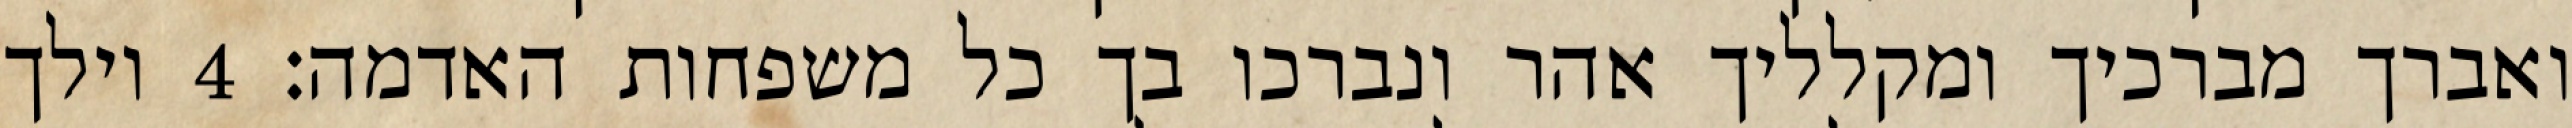
ואברך מברכיך ומקלליך אהר ונברכו בך כל משפחות האדמה׃ ‎4‏ וילך